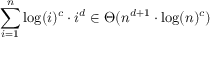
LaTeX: \sum _ { i = 1 } ^ { n } \log ( i ) ^ { c } \cdot i ^ { d } \in \Theta ( n ^ { d + 1 } \cdot \log ( n ) ^ { c } )